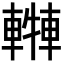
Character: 𨎓